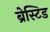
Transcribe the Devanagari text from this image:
ब्रेस्टिड